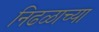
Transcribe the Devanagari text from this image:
निढळाच्या